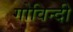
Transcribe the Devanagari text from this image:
गोविन्दी